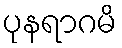
ပုနရာဂမိ